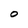
Character: O